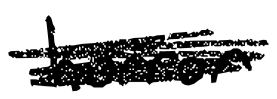
Text: horror
Cross-out: scratch
Writing tool: digital_black